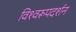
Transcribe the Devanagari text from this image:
विश्‍वरूपदर्शन